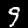
Label: 9